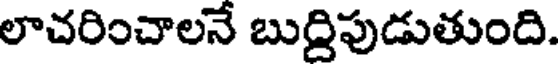
లాచరించాలనే బుద్రిపుడుతుంది.